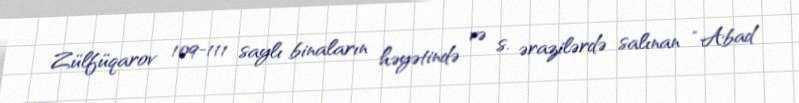
Zülfüqarov 109-111 saylı binaların həyətində və s. ərazilərdə salınan “Abad